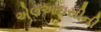
એલઆઇસીની